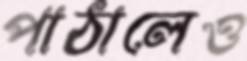
পাঠালেও